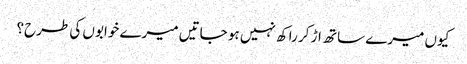
کیوں میرے ساتھ اڑ کر راکھ نہیں ہو جاتیں میرے خوابوں کی طرح؟